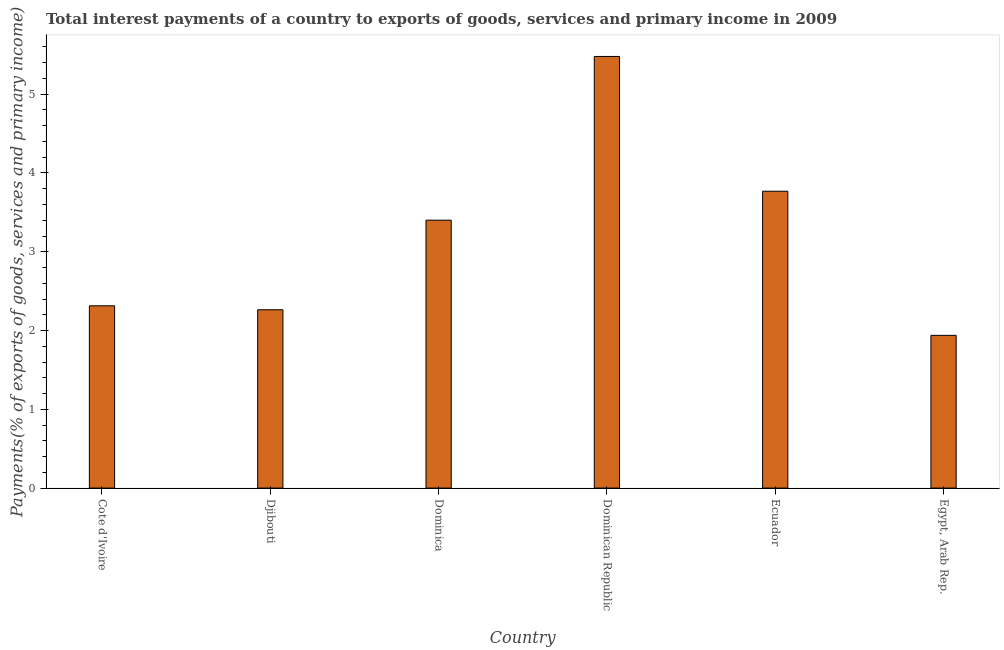
| Country | Interest payments on external debt |
 | --- | --- |
 | Cote d'Ivoire | 2.31 |
 | Djibouti | 2.26 |
 | Dominica | 3.4 |
 | Dominican Republic | 5.48 |
 | Ecuador | 3.77 |
 | Egypt, Arab Rep. | 1.94 |